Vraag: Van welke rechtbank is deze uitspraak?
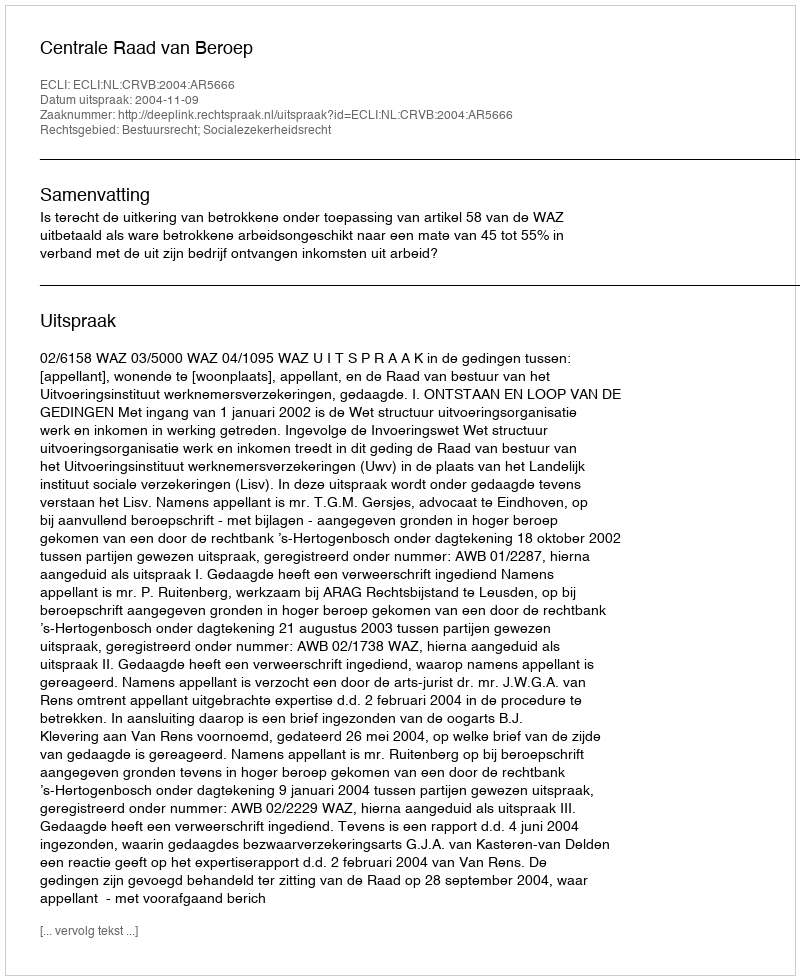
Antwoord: Centrale Raad van Beroep